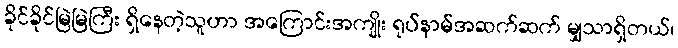
ခိုင်ခိုင်မြဲမြဲကြီး ရှိနေတဲ့သူဟာ အကြောင်းအကျိုး ရုပ်နာမ်အဆက်ဆက် မျှသာရှိတယ်၊